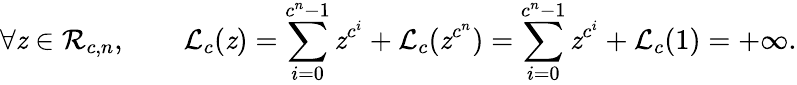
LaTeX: \forall\mathit{z}\in{\mathcal{{R}}}_{c,n},\qquad{\mathcal{{L}}}_{c}(\mathit{z})=\sum_{i=0}^{c^{n}-1}\mathit{z}^{c^{i}}+{\mathcal{{L}}}_{c}(\mathit{z}^{c^{n}})=\sum_{i=0}^{c^{n}-1}\mathit{z}^{c^{i}}+{\mathcal{{L}}}_{c}(1)=+\infty.